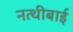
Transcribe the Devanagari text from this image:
नत्थीबाई